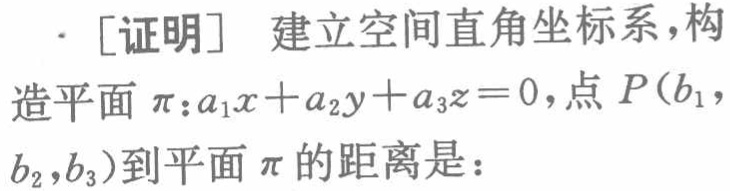
[证明] 建立空间直角坐标系，构造平面$\pi:a_{1}x + a_{2}y + a_{3}z = 0$，点$P(b_{1},b_{2},b_{3})$到平面$\pi$的距离是：